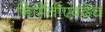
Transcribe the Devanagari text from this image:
निर्मितीएवढेच